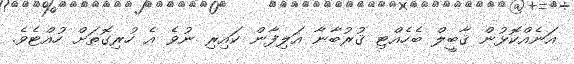
އަނެއްކޮޅުން ޤާބީލް ބެހެއްޓި ޤުރުބާނާ އަލިފާން ކައިރި ނުވެ އެ ހުރިގޮތަށް ހުއްޓެވެ.